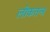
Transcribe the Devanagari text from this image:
लोकतन्‍त्र